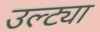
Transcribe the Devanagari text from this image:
उल्ट्या